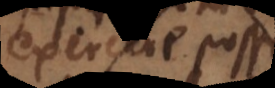
exercere posse